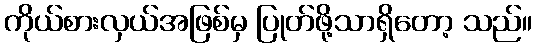
ကိုယ်စားလှယ်အဖြစ်မှ ပြုတ်ဖို့သာရှိတော့ သည်။